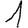
Digit: 1